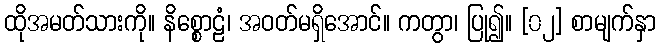
ထိုအမတ်သားကို။ နိစ္စောဠံ၊ အဝတ်မရှိအောင်။ ကတွာ၊ ပြု၍။ [၀၂] စာမျက်နှာ